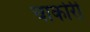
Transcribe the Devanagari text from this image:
चार्कारी